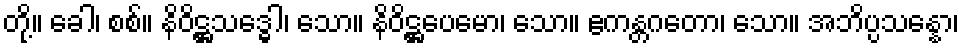
တို့။ ခေါ၊ စစ်။ နိဝိဋ္ဌသဒ္ဓေါ၊ သော။ နိဝိဋ္ဌပေမော၊ သော။ ဧကန္တဂတော၊ သော။ အဘိပ္ပသန္နော၊